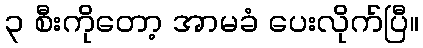
၃ စီးကိုတော့ အာမခံ ပေးလိုက်ပြီ။